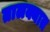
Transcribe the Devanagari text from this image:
तालक्यात